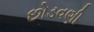
છોડવણી